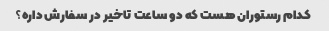
کدام رستوران هست که دو ساعت تاخیر در سفارش داره؟